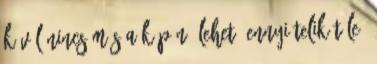
kívül nincs más a képén, lehet, ennyi telik tőle.